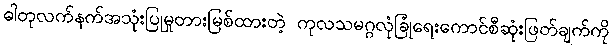
ဓါတုလက်နက်အသုံးပြုမှုတားမြစ်ထားတဲ့ ကုလသမဂ္ဂလုံခြုံရေးကောင်စီဆုံးဖြတ်ချက်ကို